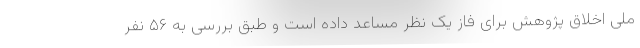
ملی اخلاق پژوهش برای فاز یک نظر مساعد داده است و طبق بررسی به ۵۶ نفر